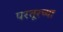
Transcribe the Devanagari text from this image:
परतूरच्या